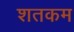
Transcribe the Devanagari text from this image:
शतकम